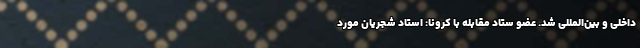
داخلی و بین‌المللی شد. عضو ستاد مقابله با کرونا: استاد شجریان مورد